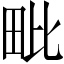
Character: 毗